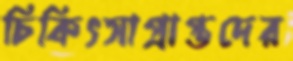
চিকিৎসাপ্রাপ্তদের